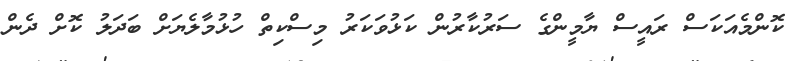
ކޮންމެއަކަސް ރައީސް ޔާމީންގެ ސަރުކާރުން ކަޅުވަކަރު މިސްކިތް ހުޅުމާލެޔަށް ބަދަލު ކޮށް ދެން